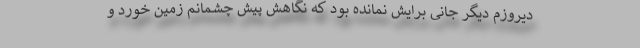
دیروزم دیگر جانی برایش نمانده بود که نگاهش پیش چشمانم زمین خورد و